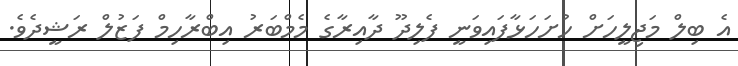
އެ ބިލް މަޖިލީހަށް ހުށަހަޅާފައިވަނީ ފެލިދޫ ދާއިރާގެ މެމްބަރު އިބްރާހިމް ފަޒުލް ރަޝީދެވެ.